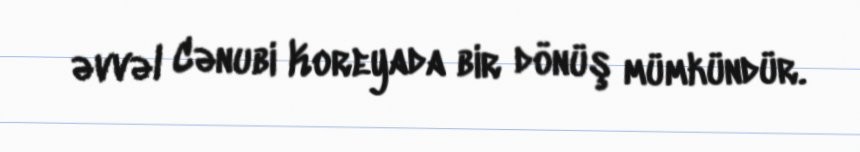
əvvəl Cənubi Koreyada bir dönüş mümkündür.